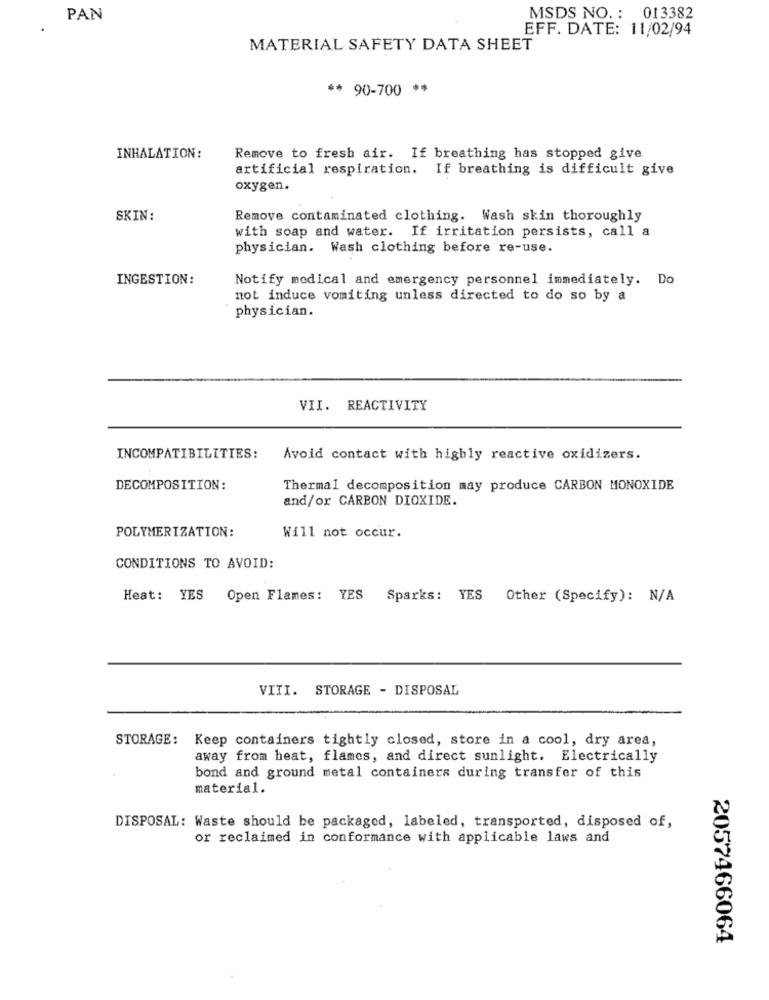
PAN
MSDS NO .: 013382
EFF. DATE: 11/02/94
MATERIAL SAFETY DATA SHEET
** 90-700 **
INHALATION:
Remove to fresh air. If breathing has stopped give
artificial respiration. If breathing is difficult give
oxygen.
SKIN:
Remove contaminated clothing. Wash skin thoroughly
with soap and water. If irritation persists, call a
physician. Wash clothing before re-use.
INGESTION:
Notify medical and emergency personnel immediately. Do
not induce vomiting unless directed to do so by a
physician.
VII. REACTIVITY
INCOMPATIBILITIES:
Avoid contact with highly reactive oxidizers.
DECOMPOSITION:
Thermal decomposition may produce CARBON MONOXIDE
and/or CARBON DIOXIDE.
POLYMERIZATION:
Will not occur.
CONDITIONS TO AVOID:
Heat: YES Open Flames: YES Sparks: YES Other (Specify): N/A
VIII. STORAGE - DISPOSAL
STORAGE: Keep containers tightly closed, store in a cool, dry area,
away from heat, flames, and direct sunlight. Electrically
bond and ground metal containers during transfer of this
material.
DISPOSAL: Waste should be packaged, labeled, transported, disposed of,
or reclaimed in conformance with applicable laws and
2057466064